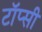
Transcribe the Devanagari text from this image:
टॉप्सी